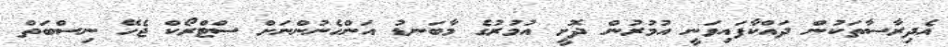
އެދިރާސާތަކުން ދައްކާފައިވަނީ އުމުރުން ދޮށީ އުމުރުގެ މާބަނޑު އަންހެނުންނަށް ސްޓްރޯކް ޖެހޭ ނިސްބަތް